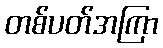
တစ်ပတ်အကြာ